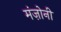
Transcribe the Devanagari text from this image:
मंज़ोनी